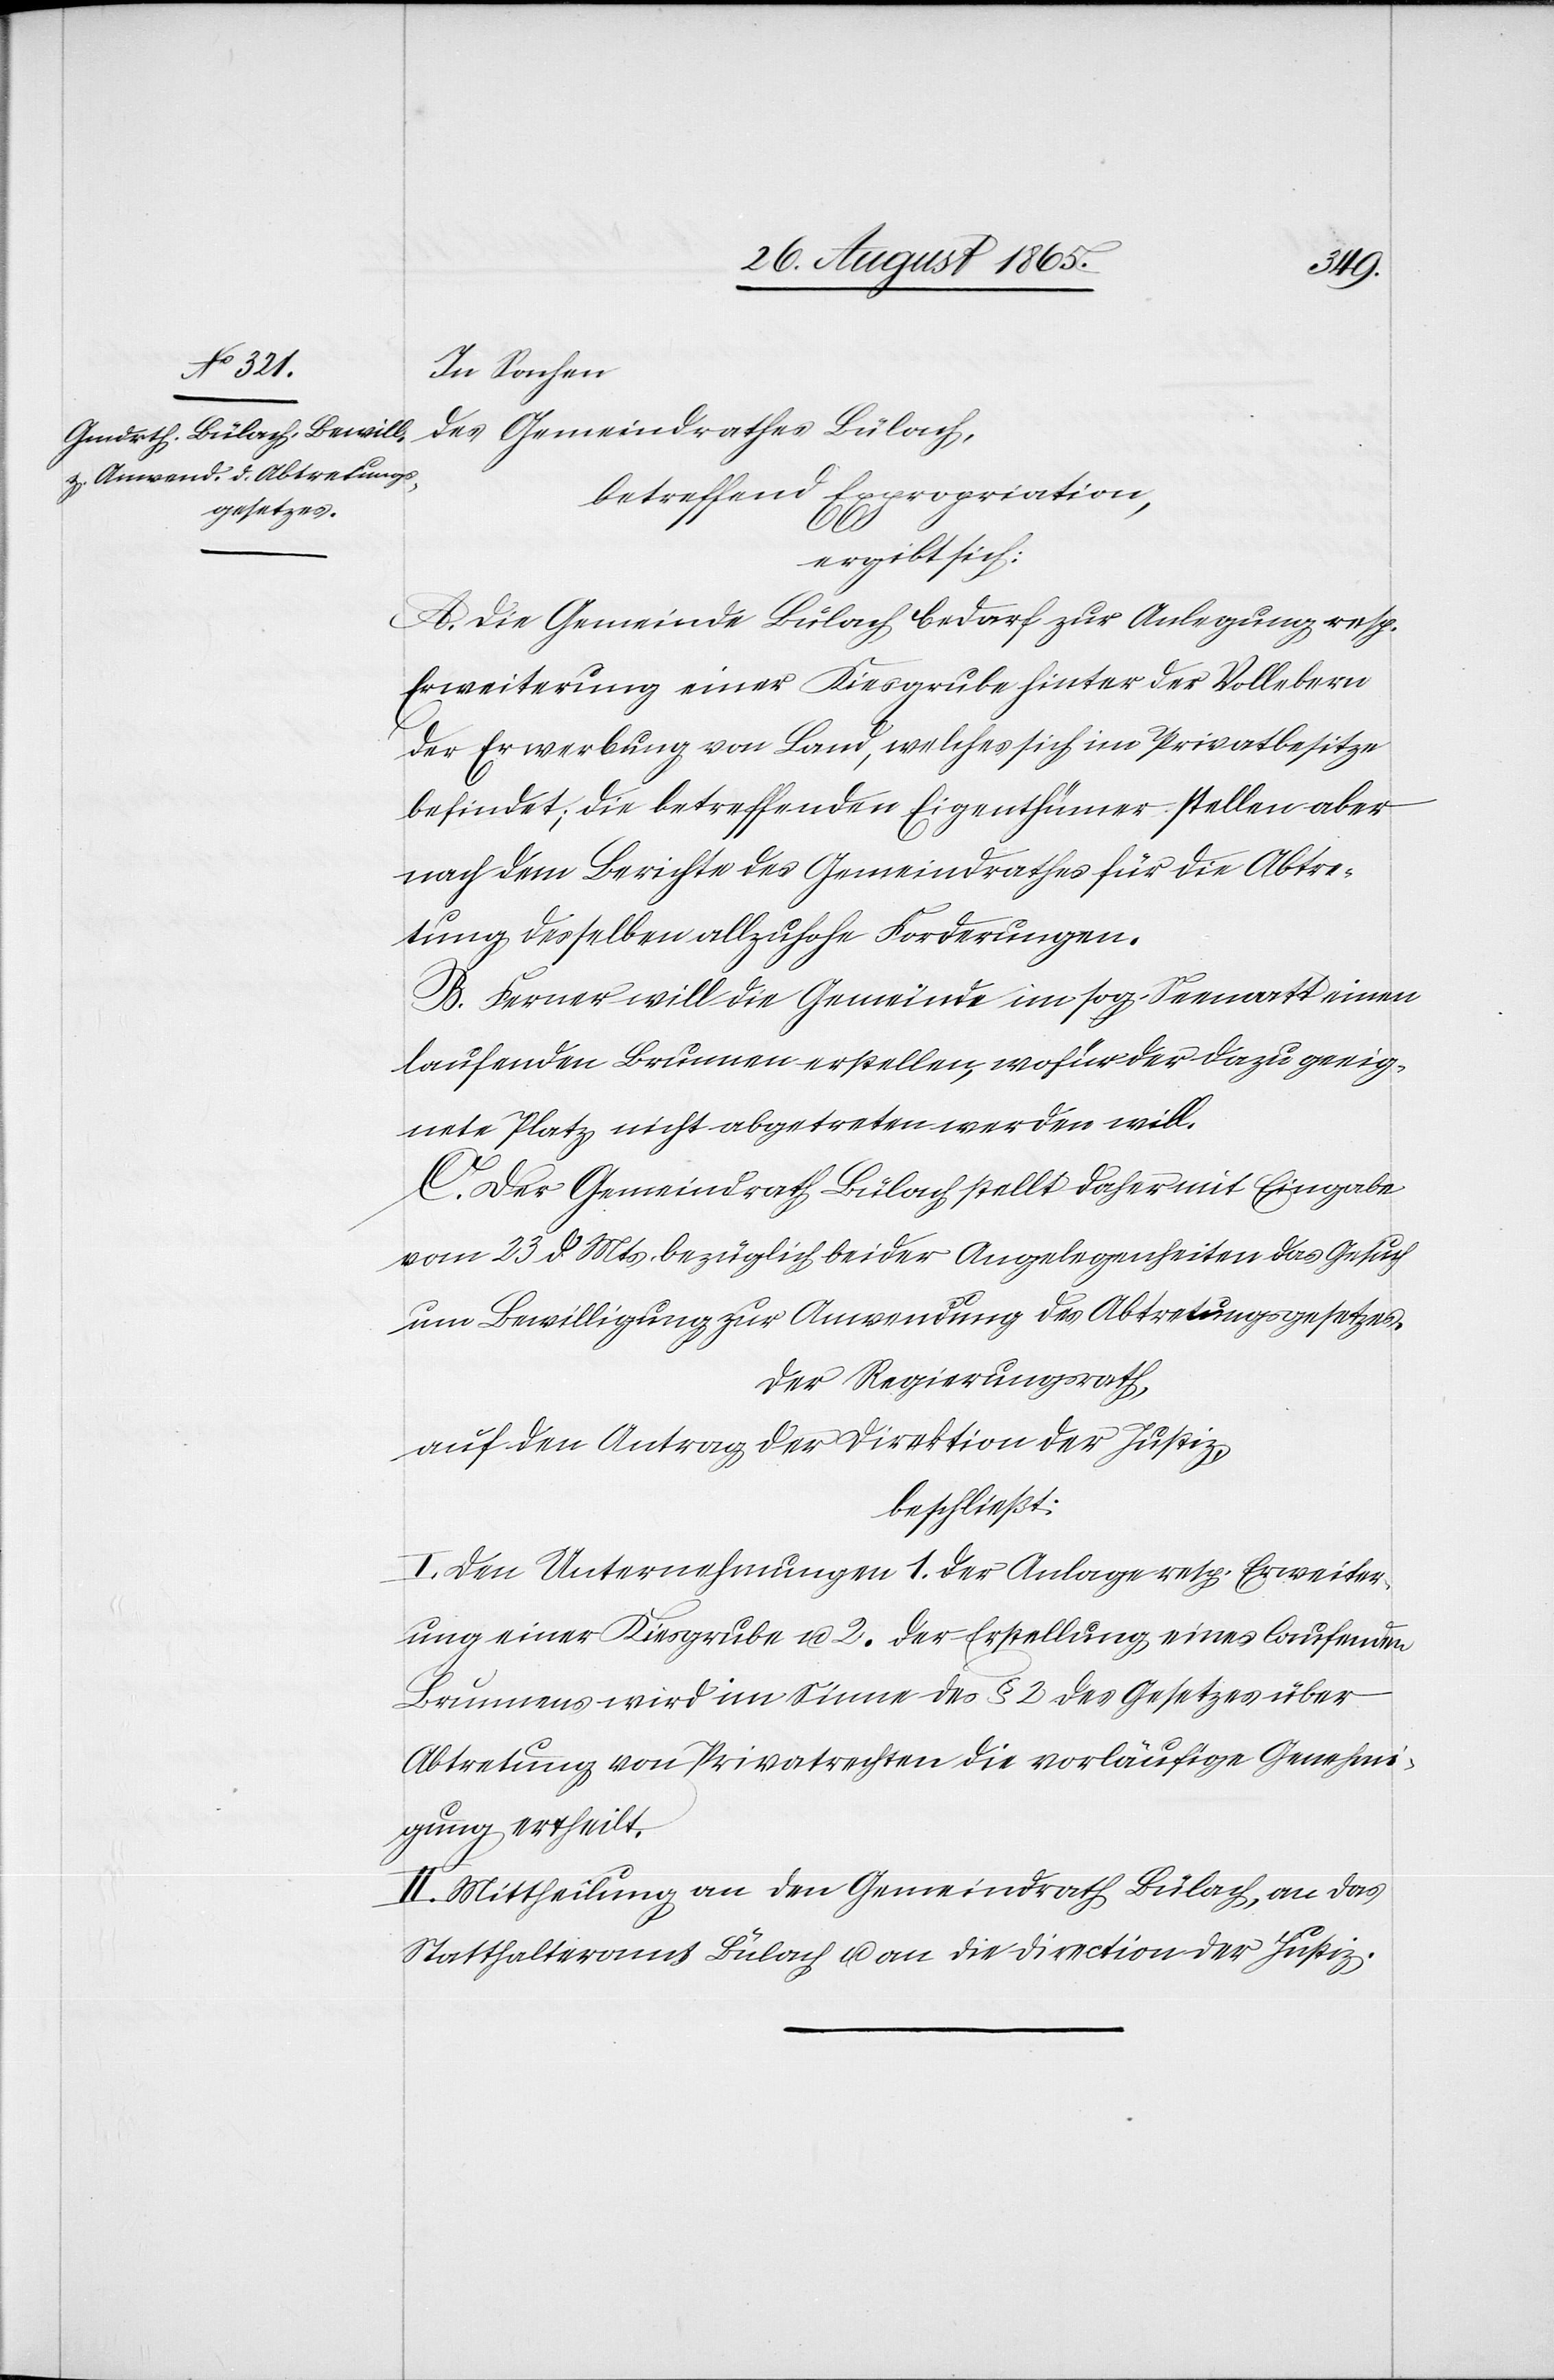
In Sachen
des Gemeindrathes Bülach,
betreffend Expropriation,
ergibt sich:
A. Die Gemeinde Bülach bedarf zur Anlegung resp.
Erweiterung einer Kiesgrube hinter der Vollebern
der Erwerbung von Land, welches sich im Privatbesitze
befindet; die betreffenden Eigenthümer stellen aber
nach dem Berichte des Gemeindrathes für die Abtre¬
tung desselben allzuhohe Forderungen.
B. Ferner will die Gemeinde im sog. Seematt einen
laufenden Brunnen erstellen, wofür der dazu geeig¬
nete Platz nicht abgetreten werden will.
C. Der Gemeindrath Bülach stellt daher mit Eingabe
vom 23. d. Mts. bezüglich beider Angelegenheiten das Gesuch
um Bewilligung zur Anwendung des Abtretungsgesetzes.
Der Regierungsrath,
auf den Antrag der Direktion der Justiz,
beschließt:
I. Den Unternehmungen 1. der Anlage resp. Erweiter¬
ung einer Kiesgrube u. 2. der Erstellung eines laufenden
Brunnens wird im Sinne des § 2 des Gesetzes über
Abtretung von Privatrechten die vorläufige Genehmi¬
gung ertheilt.
II. Mittheilung an den Gemeindrath Bülach, and as
Statthalteramt Bülach u. an die Direction der Justiz.